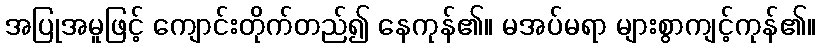
အပြုအမူဖြင့် ကျောင်းတိုက်တည်၍ နေကုန်၏။ မအပ်မရာ များစွာကျင့်ကုန်၏။